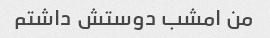
من امشب دوستش داشتم